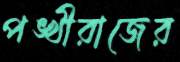
পঙ্খীরাজের